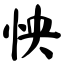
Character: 怏